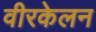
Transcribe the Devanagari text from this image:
वीरकेलन